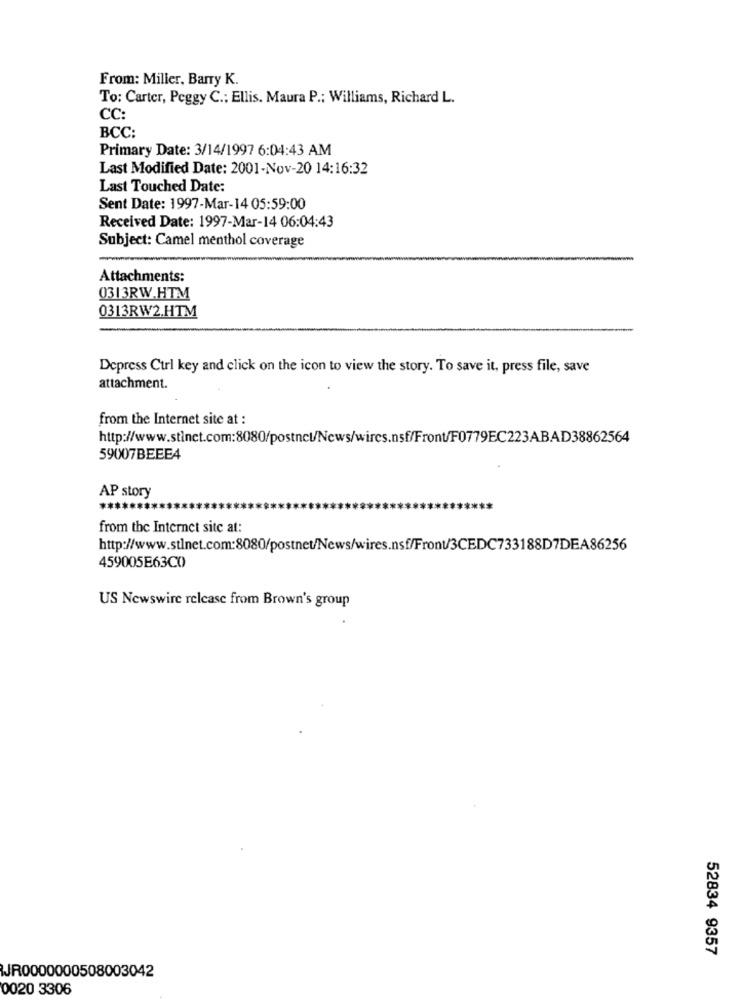
From: Miller, Barry K.
To: Carter, Peggy C .; Ellis. Maura P .: Williams, Richard L.
CC
BCC:
Primary Date: 3/14/1997 6:04:43 AM
Last Modified Date: 2001-Nov-20 14:16:32
Last Touched Date:
Sent Date: 1997-Mar-14 05:59:00
Received Date: 1997-Mar-14 06:04:43
Subject: Camel menthol coverage
Attachments:
0313RW.HTM
0313RW2.HTM
Depress Ctrl key and click on the icon to view the story. To save it, press file, save
attachment.
from the Internet site at :
http://www.stinct.com:8080/postnct/News/wires.nsf/Front/F0779EC223ABAD38862564
59007BEEE4
AP story
*****
from the Internet site at:
http://www.stlnet.com:8080/postnet/News/wires.nsf/Front/3CEDC733188D7DEA86256
459005E63C0
US Newswire release from Brown's group
52834 9357
WJR0000000508003042
0020 3306